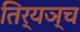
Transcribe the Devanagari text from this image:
तिर्यञ्च